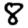
Digit: 8